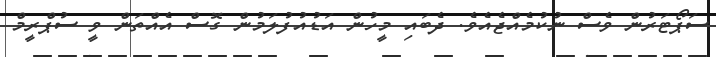
ސަޕޯޓަރުން ވެސް ނުކުމެއްޖެއެވެ. ދެބައި މީހުން އަޑުއުފުލަމުން ގޮސް އެއްތަން ވީ ސުޕްރީމް